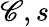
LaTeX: \mathscr{C},s